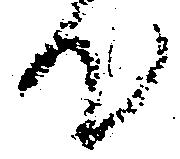
て